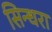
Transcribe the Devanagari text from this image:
सिन्धरा